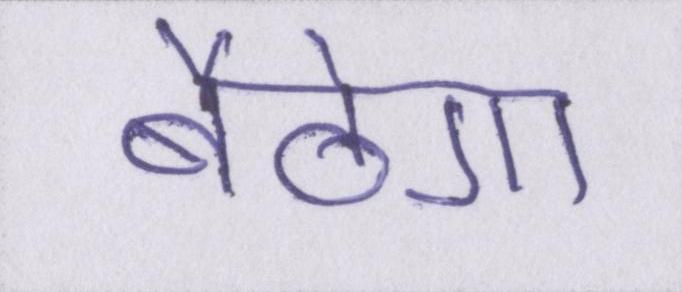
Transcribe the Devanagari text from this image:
बैठेगा